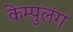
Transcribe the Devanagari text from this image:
केम्पुलंग